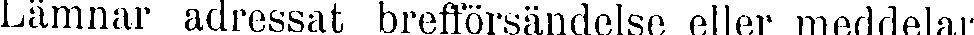
Lämnar adressat brefförsändelse eller meddelar